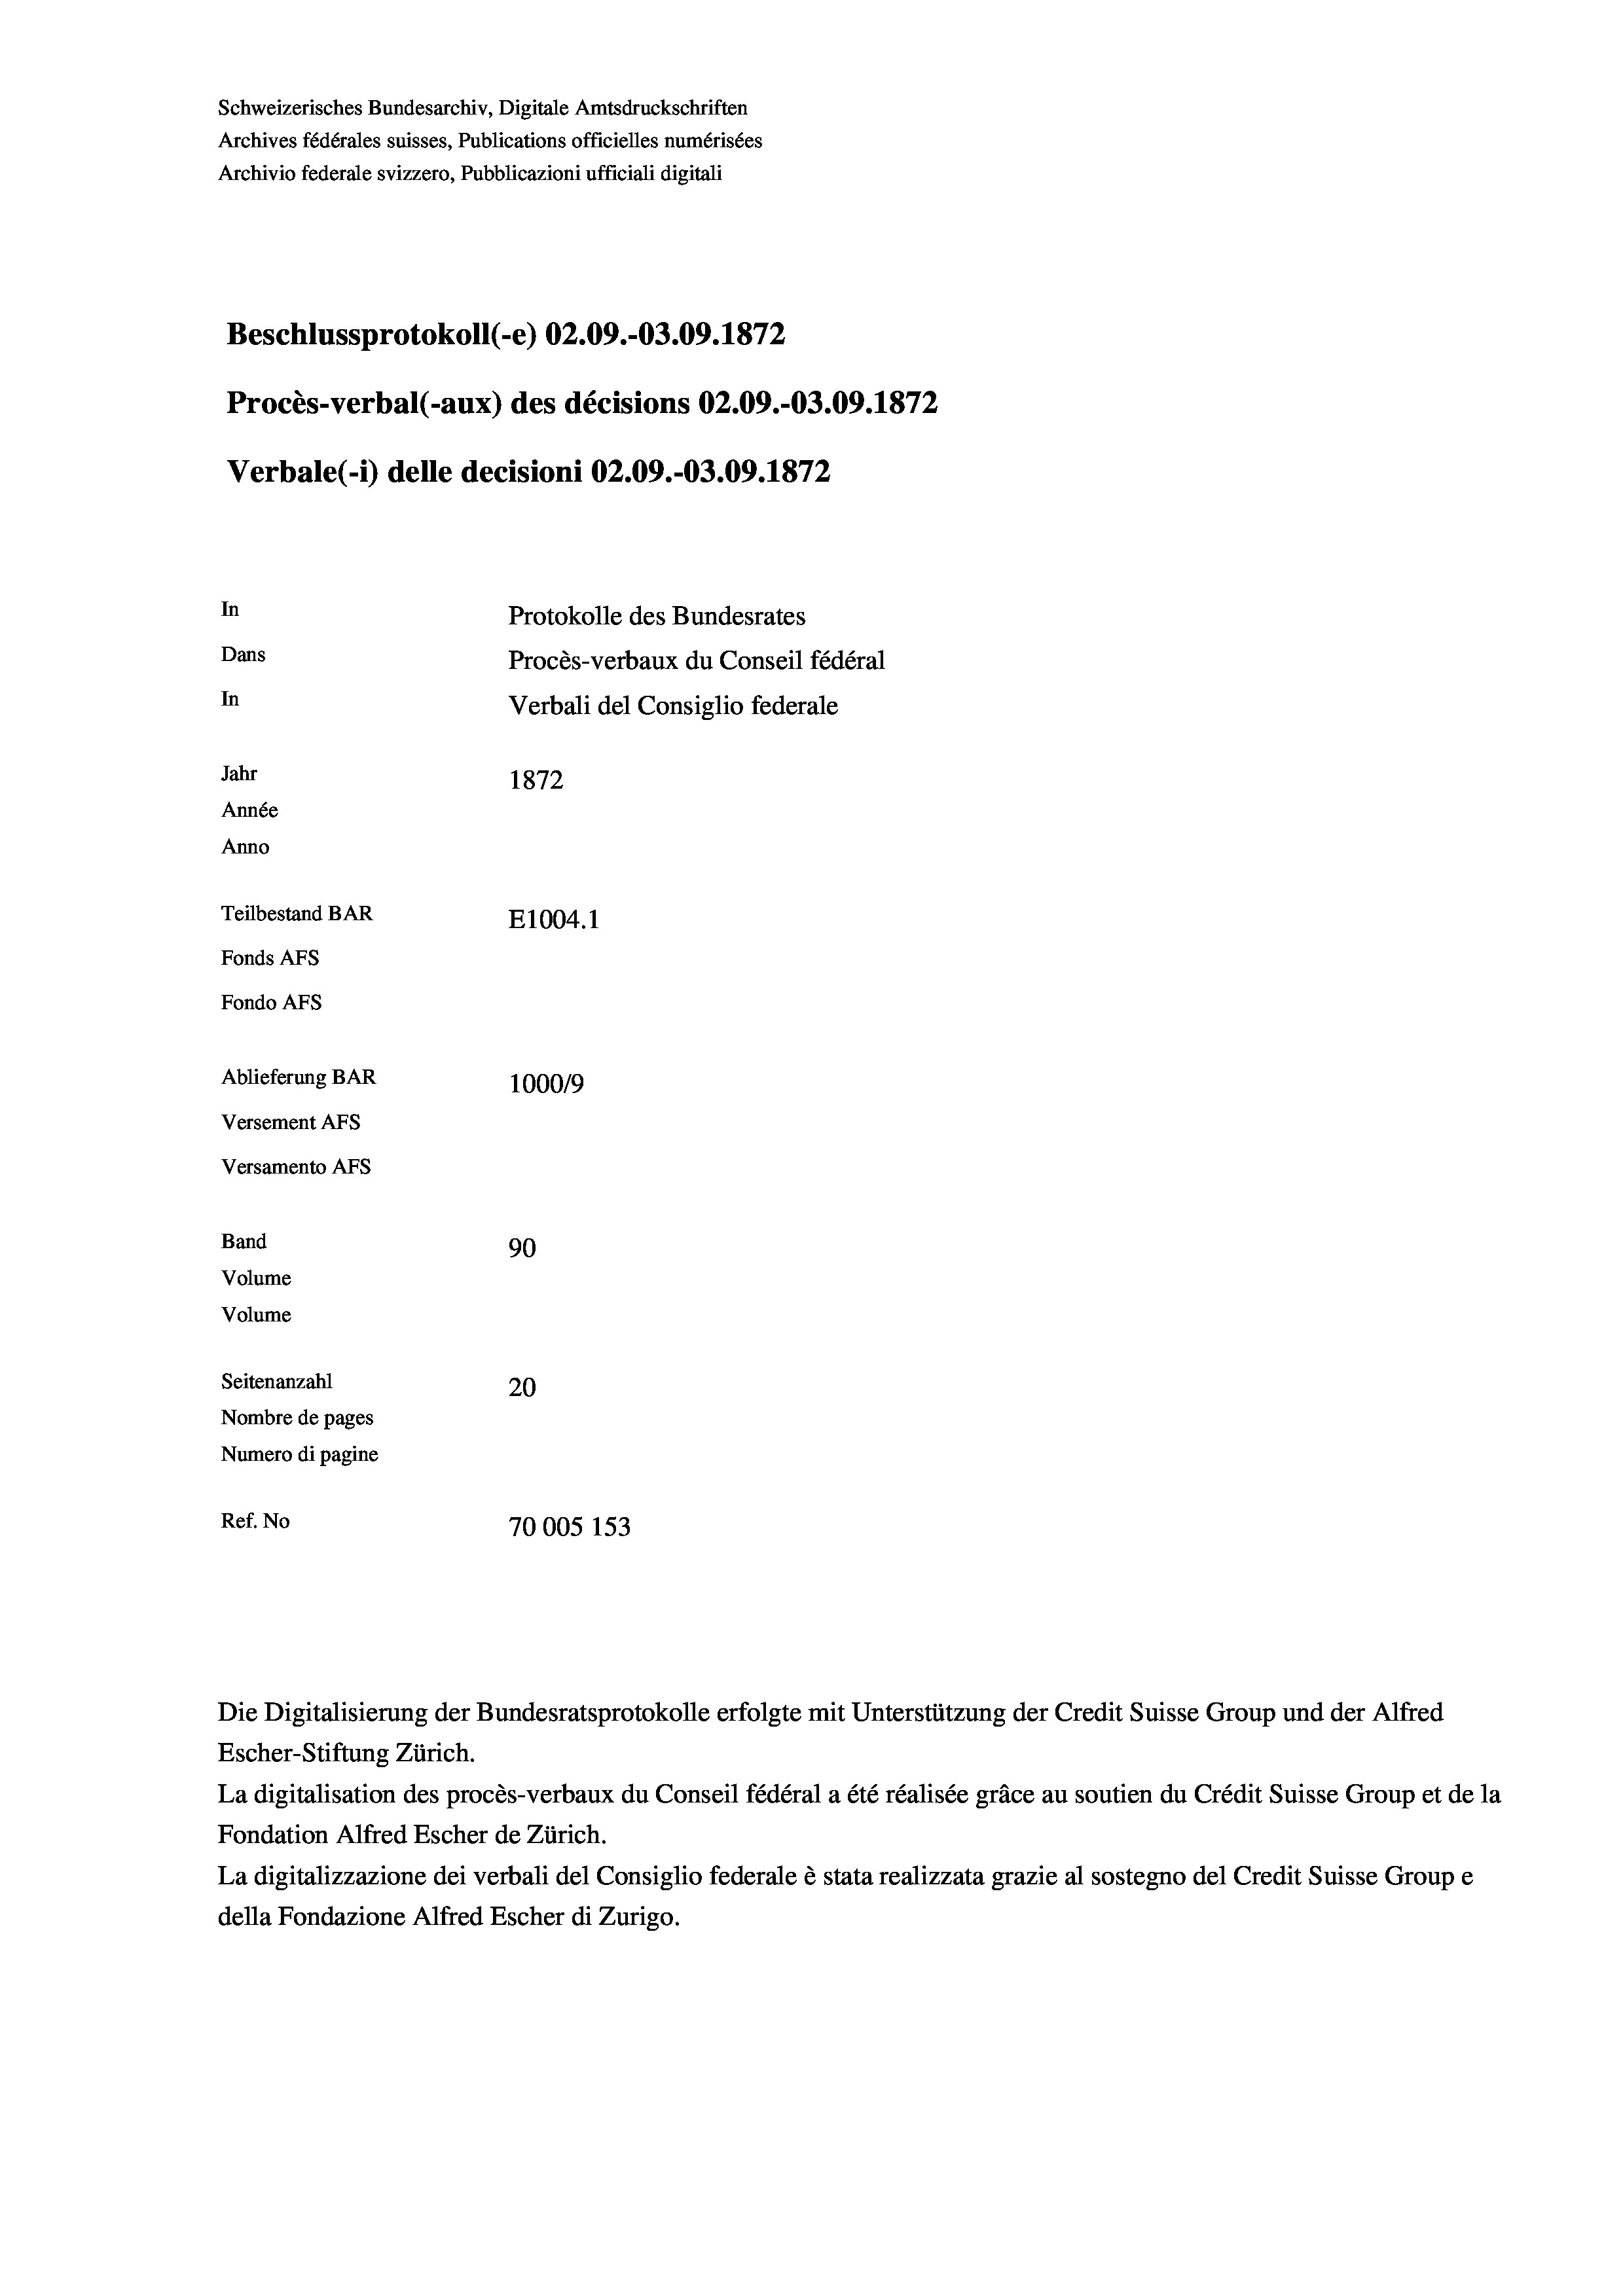
Schweizerisches Bundesarchiv, Digitale Amtsdruckschriften
Archives fédérales suisses, Publications officielles numérisées
Archivio federale svizzero, Pubblicazioni ufficiali digitali
Beschlussprotokoll (-e) 02.09.-03.09. 1872
Procès-verbal (-aux) des décisions 02.09.-03.09. 1872
Verbale (- 1) delle decisioni 02.09.-03.09. 1872
In
Protokolle des Bundesrates
Dans
Procès-verbaux du Conseil fédéral
In
Verbali del Consiglio federale
Jahr
1872
Année
Anno
Teilbestand BAR
E1004. 1
Fonds AFs
Fondo Afs
Ablieferung BAR
100019
Versement AFs

Band
Volume
Volume

Versamento AFs

90
Seitenanzahl
20
Nombre de pages
Numero di pagine
Ref. No
70005 153

Die Digitalisierung der Bundesratsprotokolle erfolgte mit Unterstützung der Credit Suisse Group und der Alfred
Escher-Stiftung Zürich.
La digitalisation des procès-verbaux du Conseil fédéral a été réalisée gräce au soutien du Crédit Suisse Group et de la
Fondation Alfred Escher de Zürich.
La digitalizzazione dei verbali del Consiglio federale è stata realizzata grazie al sostegno del Credit Suisse Groupe
della Fondazione Alfred Escher di Zurigo.